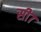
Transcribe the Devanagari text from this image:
सी७